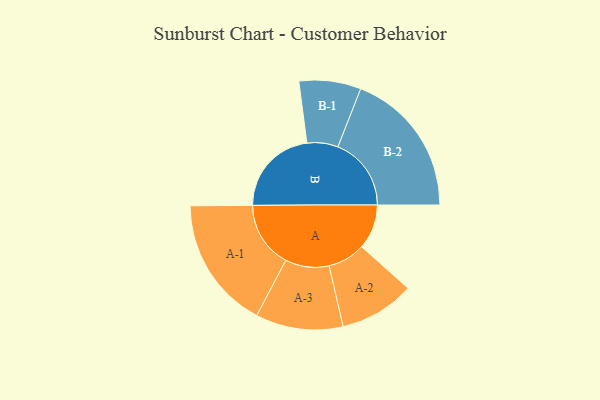
{"axis": {"x": "Segment", "y": "Value"}, "legend": ["", "A", "B"], "data": [{"x": "A", "y": 175, "type": ""}, {"x": "B", "y": 347, "type": ""}, {"x": "A-1", "y": 259, "type": "A"}, {"x": "A-2", "y": 147, "type": "A"}, {"x": "A-3", "y": 171, "type": "A"}, {"x": "B-1", "y": 121, "type": "B"}, {"x": "B-2", "y": 287, "type": "B"}]}